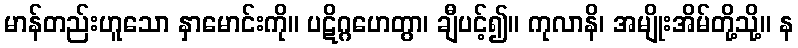
မာန်တည်းဟူသော နှာမောင်းကို။ ပဋိဂ္ဂဟေတွာ၊ ချီပင့်၍။ ကုလာနိ၊ အမျိုးအိမ်တို့သို့။ န